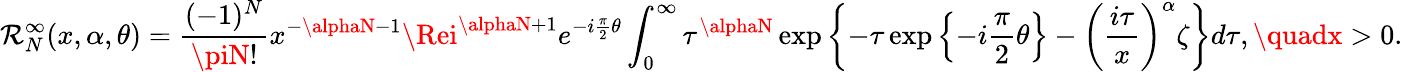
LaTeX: \mathcal{R}_{N}^{\infty}(x,\alpha,\theta)=\frac{{(-1)^{N}}}{{\piN!}}x^{-\alphaN-1}\Rei^{\alphaN+1}e^{-i\frac{{\pi}}{{2}}\theta}\int_{0}^{\infty}\tau^{\alphaN}\exp\left\{ -\tau\exp\left\{ -i\frac{{\pi}}{{2}}\theta\right\} -\left(\frac{{i\tau}}{{x}}\right)^{\alpha}\zeta\right\} d\tau,\quadx>0.